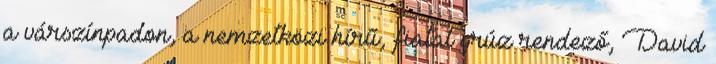
a várszínpadon, a nemzetközi hírű, fiatal grúz rendező, David